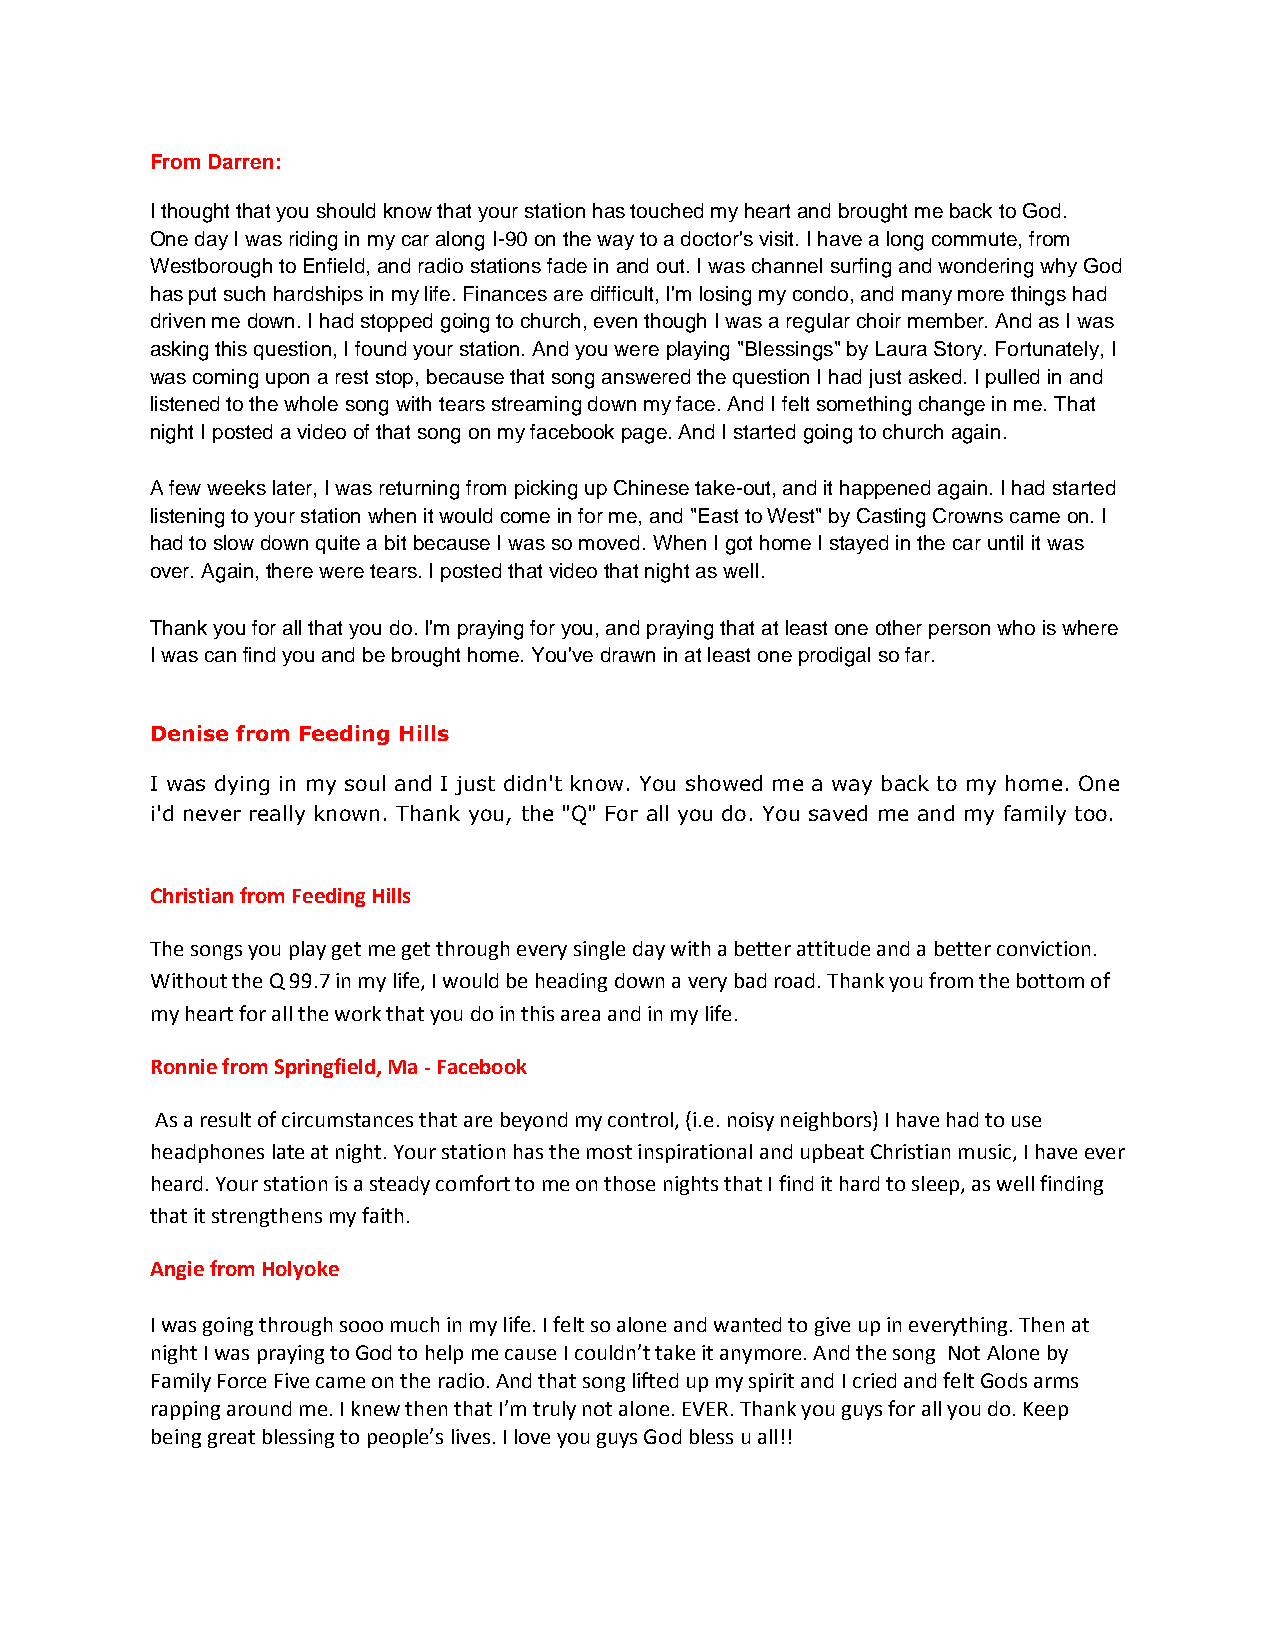
From Darren:
 I thought that you should know that your station has touched my heart and brought me back to God.
 One day I was riding in my car along I-90 on the way to a doctor's visit. I have a long commute, from
 Westborough to Enfield, and radio stations fade in and out. I was channel surfing and wondering why God
 has put such hardships in my life. Finances are difficult, I'm losing my condo, and many more things had
 driven me down. I had stopped going to church, even though I was a regular choir member. And as I was
 asking this question, I found your station. And you were playing "Blessings" by Laura Story. Fortunately, I
 was coming upon a rest stop, because that song answered the question I had just asked. I pulled in and
 listened to the whole song with tears streaming down my face. And I felt something change in me. That
 night I posted a video of that song on my facebook page. And I started going to church again.
 A few weeks later, I was returning from picking up Chinese take-out, and it happened again. I had started
 listening to your station when it would come in for me, and "East to West" by Casting Crowns came on. I
 had to slow down quite a bit because I was so moved. When I got home I stayed in the car until it was
 over. Again, there were tears. I posted that video that night as well.
 Thank you for all that you do. I'm praying for you, and praying that at least one other person who is where
 I was can find you and be brought home. You've drawn in at least one prodigal so far.
 Denise from Feeding Hills
 I was dying in my soul and I just didn't know. You showed me a way back to my home. One
 i'd never really known. Thank you, the "Q" For all you do. You saved me and my family too.
 Christian from Feeding Hills
 The songs you play get me get through every single day with a better attitude and a better conviction.
 Without the Q 99.7 in my life, I would be heading down a very bad road. Thank you from the bottom of
 my heart for all the work that you do in this area and in my life.
 Ronnie from Springfield, Ma - Facebook
 As a result of circumstances that are beyond my control, (i.e. noisy neighbors) I have had to use
 headphones late at night. Your station has the most inspirational and upbeat Christian music, I have ever
 heard. Your station is a steady comfort to me on those nights that I find it hard to sleep, as well finding
 that it strengthens my faith.
 Angie from Holyoke
 I was going through sooo much in my life. I felt so alone and wanted to give up in everything. Then at
 night I was praying to God to help me cause I couldn’t take it anymore. And the song Not Alone by
 Family Force Five came on the radio. And that song lifted up my spirit and I cried and felt Gods arms
 rapping around me. I knew then that I’m truly not alone. EVER. Thank you guys for all you do. Keep
 being great blessing to people’s lives. I love you guys God bless u all!!